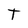
Character: T